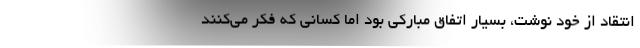
انتقاد از خود نوشت، بسیار اتفاق مبارکی بود اما کسانی که فکر می‌کنند